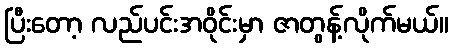
ပြီးတော့ လည်ပင်းအဝိုင်းမှာ ဇာတွန့်လိုက်မယ်။